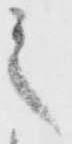
之